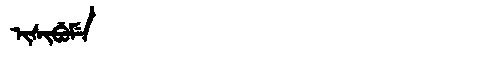
Manchu: ᡳᠰᡳᠪᡠᠮᡝ
Romanization: ISIBUME